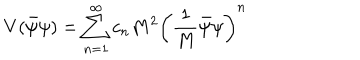
V ( \bar { \psi } \psi ) = \sum _ { n = 1 } ^ { \infty } c _ { n } M ^ { 2 } \left( \frac { 1 } { M } \bar { \psi } \psi \right) ^ { n }